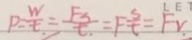
P = \frac { W } { t . } = \frac { F _ { S } } { t . } = F \frac { s } { t } = F _ { V . }